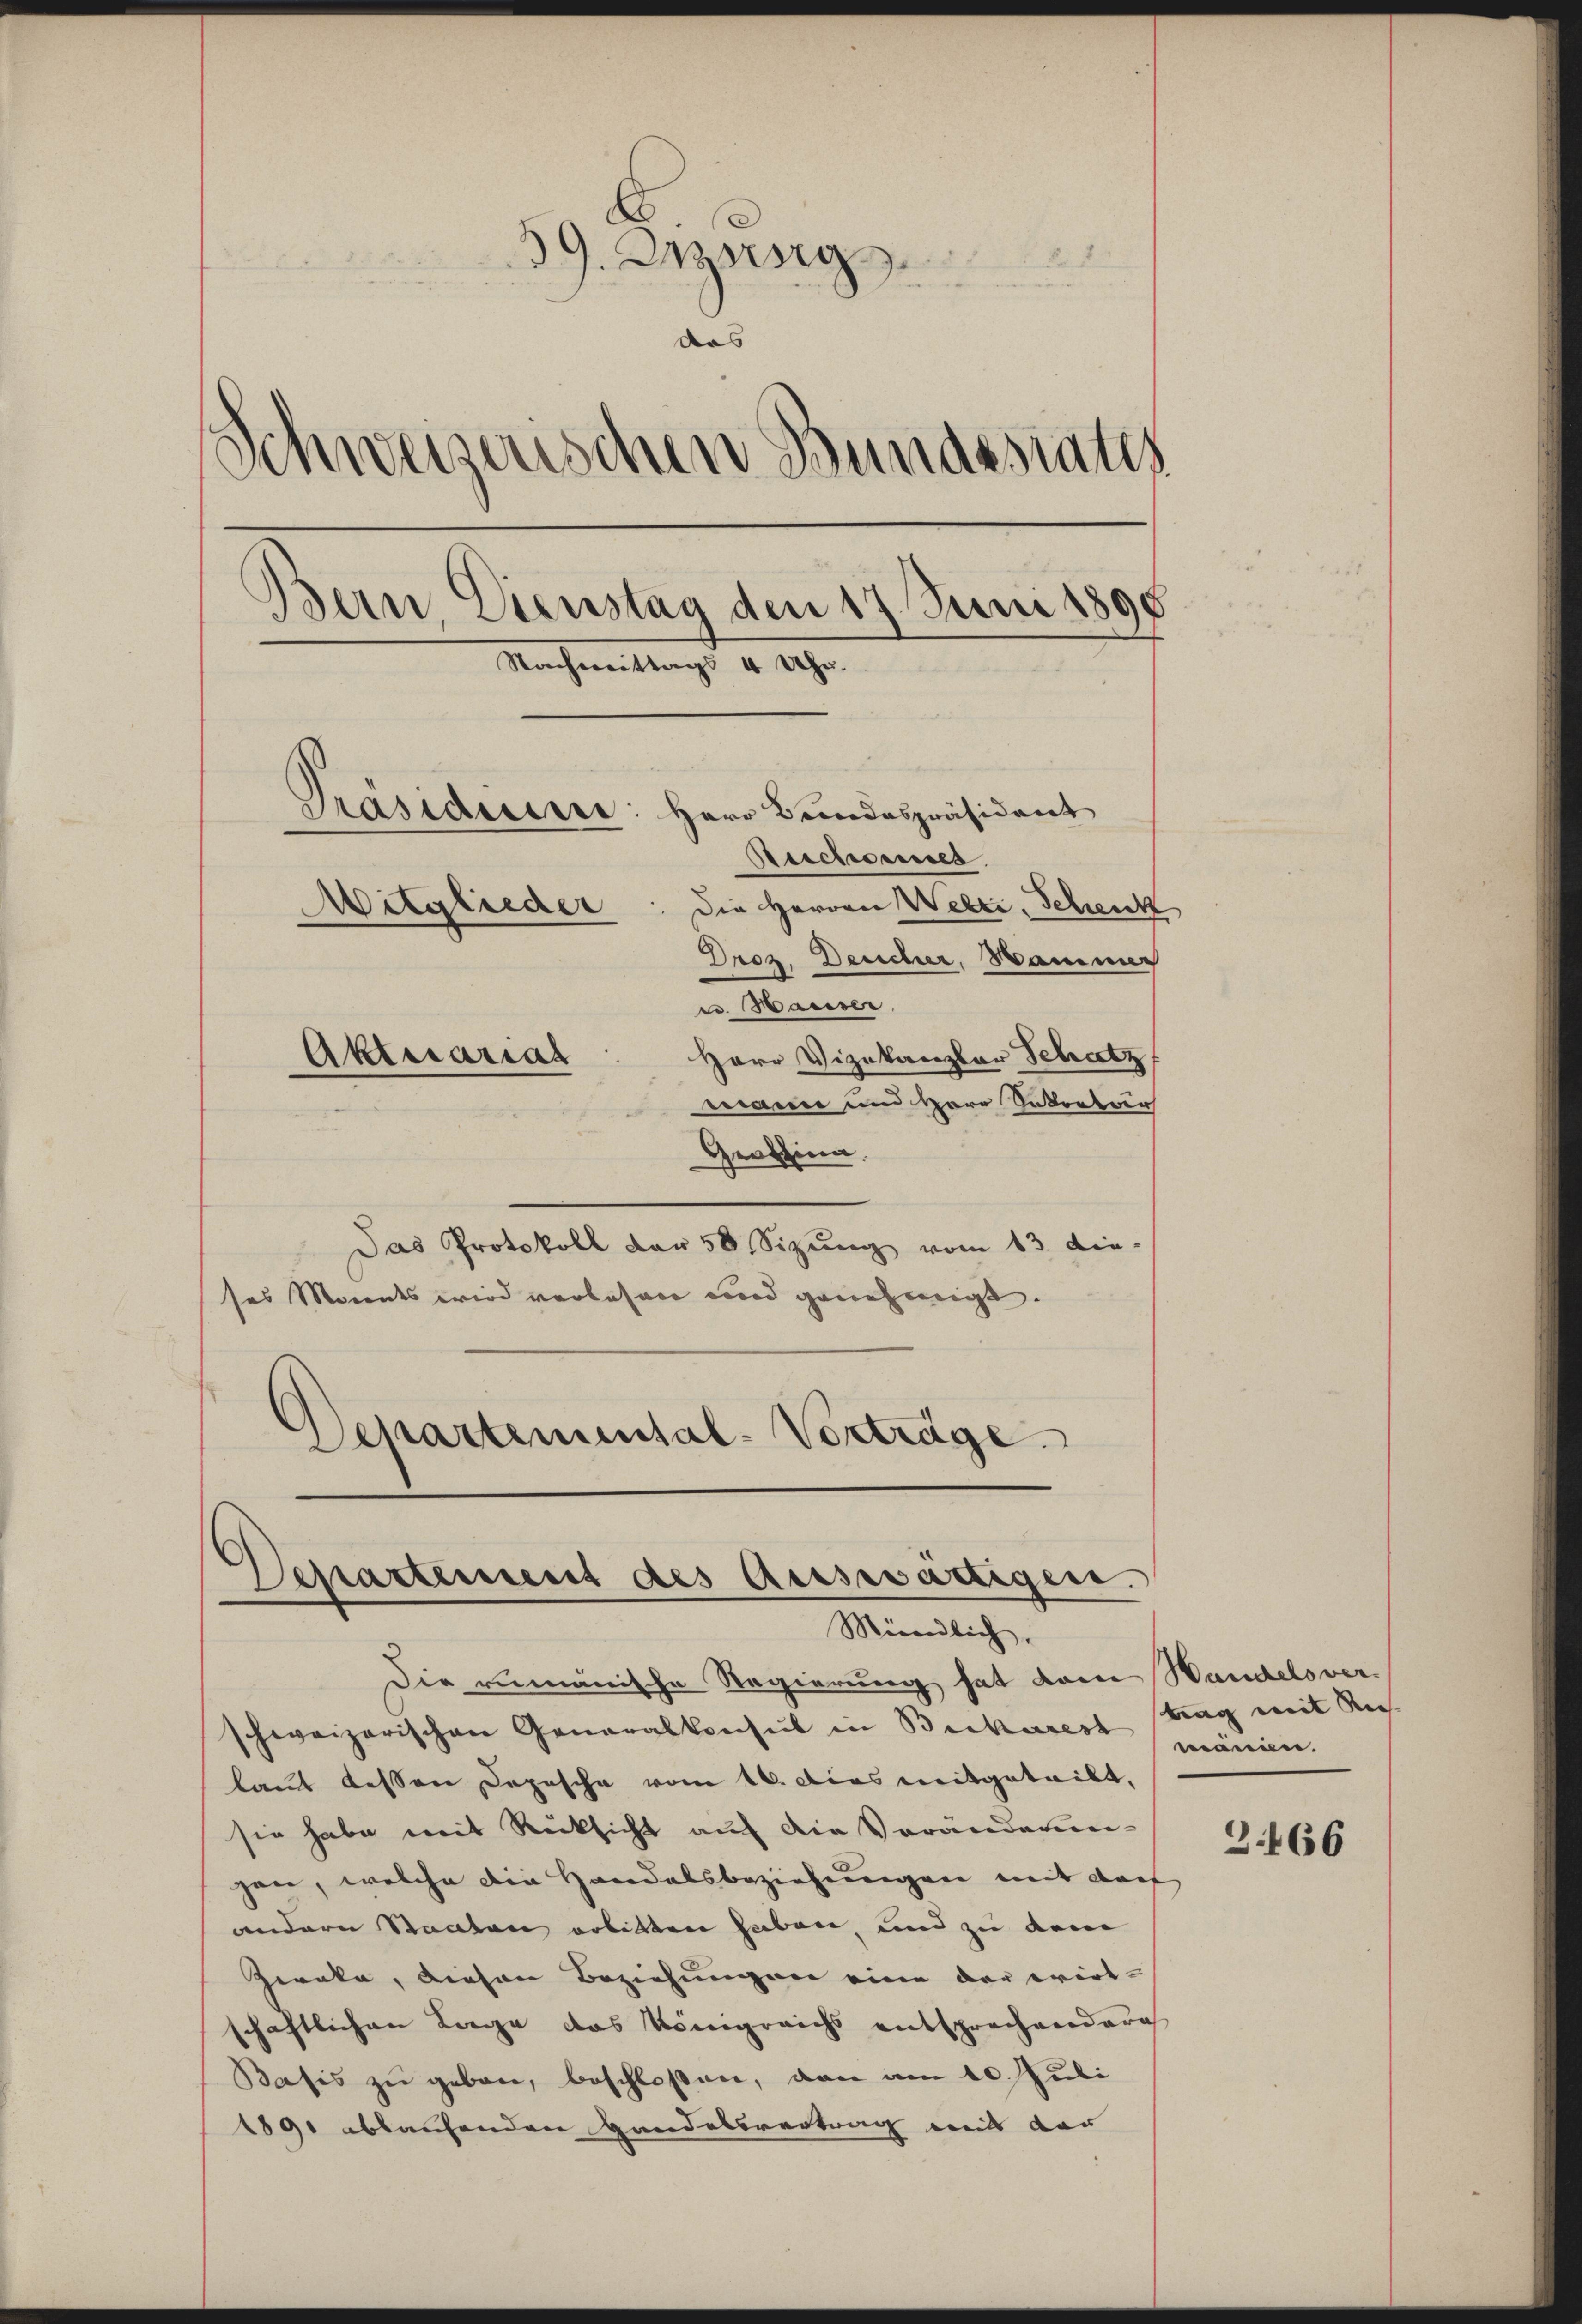
¬

39. Dezog
des
Schweizerischen Bundesrath
Bern. Dienstag den 17. Juni 1898
Nachmittags 4 Uhr.
Präsiduciere: Herr Bundespräsident
Berchores
Die Herren Welti, Schenk
Mitglieder
Droz. Deucher, Sammer
u. Hauser
Herr Vizekanzlar Schatz
Aktuariat
mane und Herr Sekreten

Genthien.
Das Protokoll der 50 Sizung vom 13. die-
ses Monats wird verlesen und genehmigt.
Separtemental-Vorträge.

partement des Auswärtigere.
Mönendlich,

Die rumänische Regierung hat dem Wandelsverschweizerischen Generalkonsul in Beckeres mänien.
laut dessen Depesche vom 16. Dies mitgeteilt,
sie habe mit Rücksicht auf die Veränderengen, welche die Handelsbeziehungen mit darf
andern Staaten arbitten haben, und zu dem
Zwake, diesen Beziehungen eine der wirt-
schaftlichen Lage das Königreichs entsprechendere
Basis zu geben, beschloßen, von am 10. Juli
1891 ablaufenden Handelsvertrag mit der

trag mit Re-

3. 466